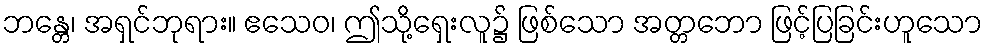
ဘန္တေ၊ အရှင်ဘုရား။ ဧသေဝ၊ ဤသို့ရှေးလူ၌ ဖြစ်သော အတ္တဘော ဖြင့်ပြခြင်းဟူသော